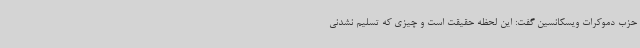
حزب دموکرات ویسکانسین گفت: این لحظه حقیقت است و چیزی که تسلیم نشدنی